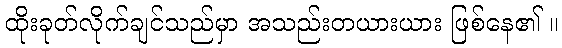
ထိုးခုတ်လိုက်ချင်သည်မှာ အသည်းတယားယား ဖြစ်နေ၏ ။